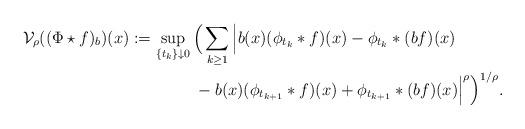
LaTeX: \begin{align*}\mathcal{V}_\rho((\Phi\star f)_b)(x)&:=\sup_{\{t_k\}\downarrow0}\Big(\sum_{k\geq1}\Big|b(x)(\phi_{t_k}\ast f)(x)-\phi_{t_k}\ast (bf)(x)\\&\qquad\qquad-b(x)(\phi_{t_{k+1}}\ast f)(x)+\phi_{t_{k+1}}\ast (bf)(x)\Big|^\rho\Big)^{1/\rho}.\end{align*}